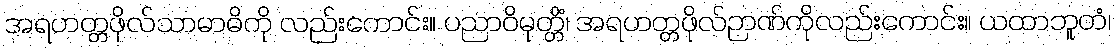
အရဟတ္တဖိုလ်သာမာဓိကို လည်းကောင်း။ ပညာဝိမုတ္တိံ၊ အရဟတ္တဖိုလ်ဉာဏ်ကိုလည်းကောင်း။ ယထာဘူတံ၊